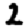
Digit: 2